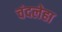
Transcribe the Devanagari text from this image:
चंदलेहा